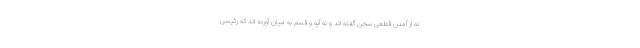
نه از آمدن قطعی سخن گفته اند و نه آیه و قسم به میان آورده اند که رئیسی